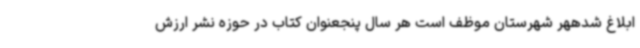
ابلاغ شدههر شهرستان موظف است هر سال پنجعنوان کتاب در حوزه نشر ارزش